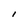
Character: i